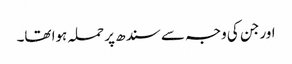
اور جن کی وجہ سے سندھ پر حملہ ہوا تھا۔